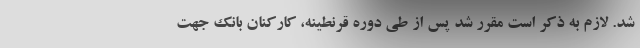
شد. لازم به ذکر است مقرر شد پس از طی دوره قرنطینه، کارکنان بانک جهت